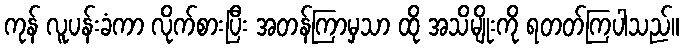
ကုန် လူပန်းခံကာ လိုက်စားပြီး အတန်ကြာမှသာ ထို အသိမျိုးကို ရတတ်ကြပါသည်။